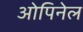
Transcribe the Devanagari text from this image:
ओपिनेल